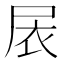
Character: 𱚸